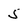
Character: 5